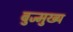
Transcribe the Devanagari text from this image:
बुज्मुख्य